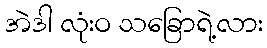
အဲဒါ လုံးဝ သခြောရဲ့လား